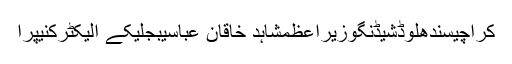
کراچیسندھلوڈشیڈنگوزیراعظمشاہد خاقان عباسیبجلیکے الیکٹرکنیپرا